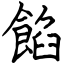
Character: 餡